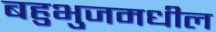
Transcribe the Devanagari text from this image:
बहुभुजमधील